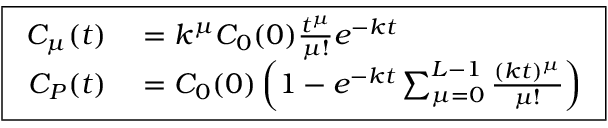
\boxed { \begin{array} { r l } { C _ { \mu } ( t ) } & { { } = k ^ { \mu } C _ { 0 } ( 0 ) \frac { t ^ { \mu } } { \mu ! } e ^ { - k t } } \\ { C _ { P } ( t ) } & { { } = C _ { 0 } ( 0 ) \left( 1 - e ^ { - k t } \sum _ { \mu = 0 } ^ { L - 1 } \frac { ( k t ) ^ { \mu } } { \mu ! } \right) } \end{array} }